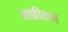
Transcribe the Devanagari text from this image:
आफ्रीकन